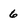
Character: 6